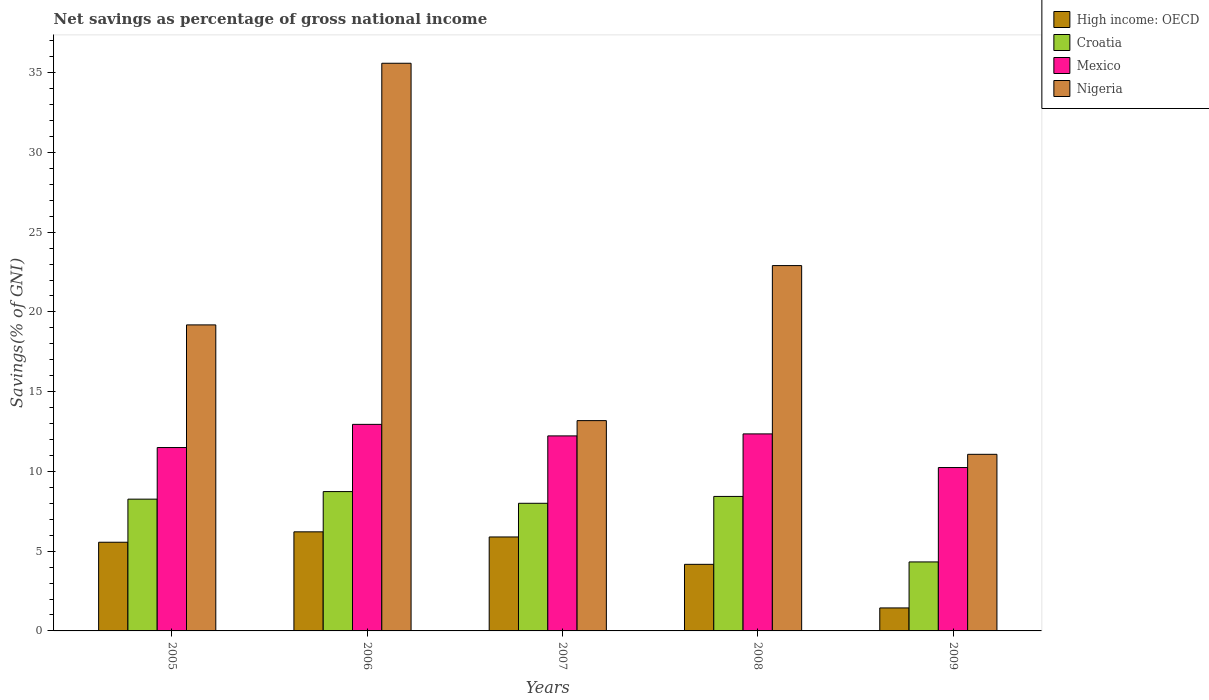
| Years | High income: OECD | Croatia | Mexico | Nigeria |
 | --- | --- | --- | --- | --- |
 | 2005 | 5.56 | 8.26 | 11.5 | 19.2 |
 | 2006 | 6.21 | 8.74 | 13 | 35.6 |
 | 2007 | 5.89 | 8 | 12.2 | 13.2 |
 | 2008 | 4.17 | 8.43 | 12.4 | 22.9 |
 | 2009 | 1.44 | 4.33 | 10.2 | 11.1 |